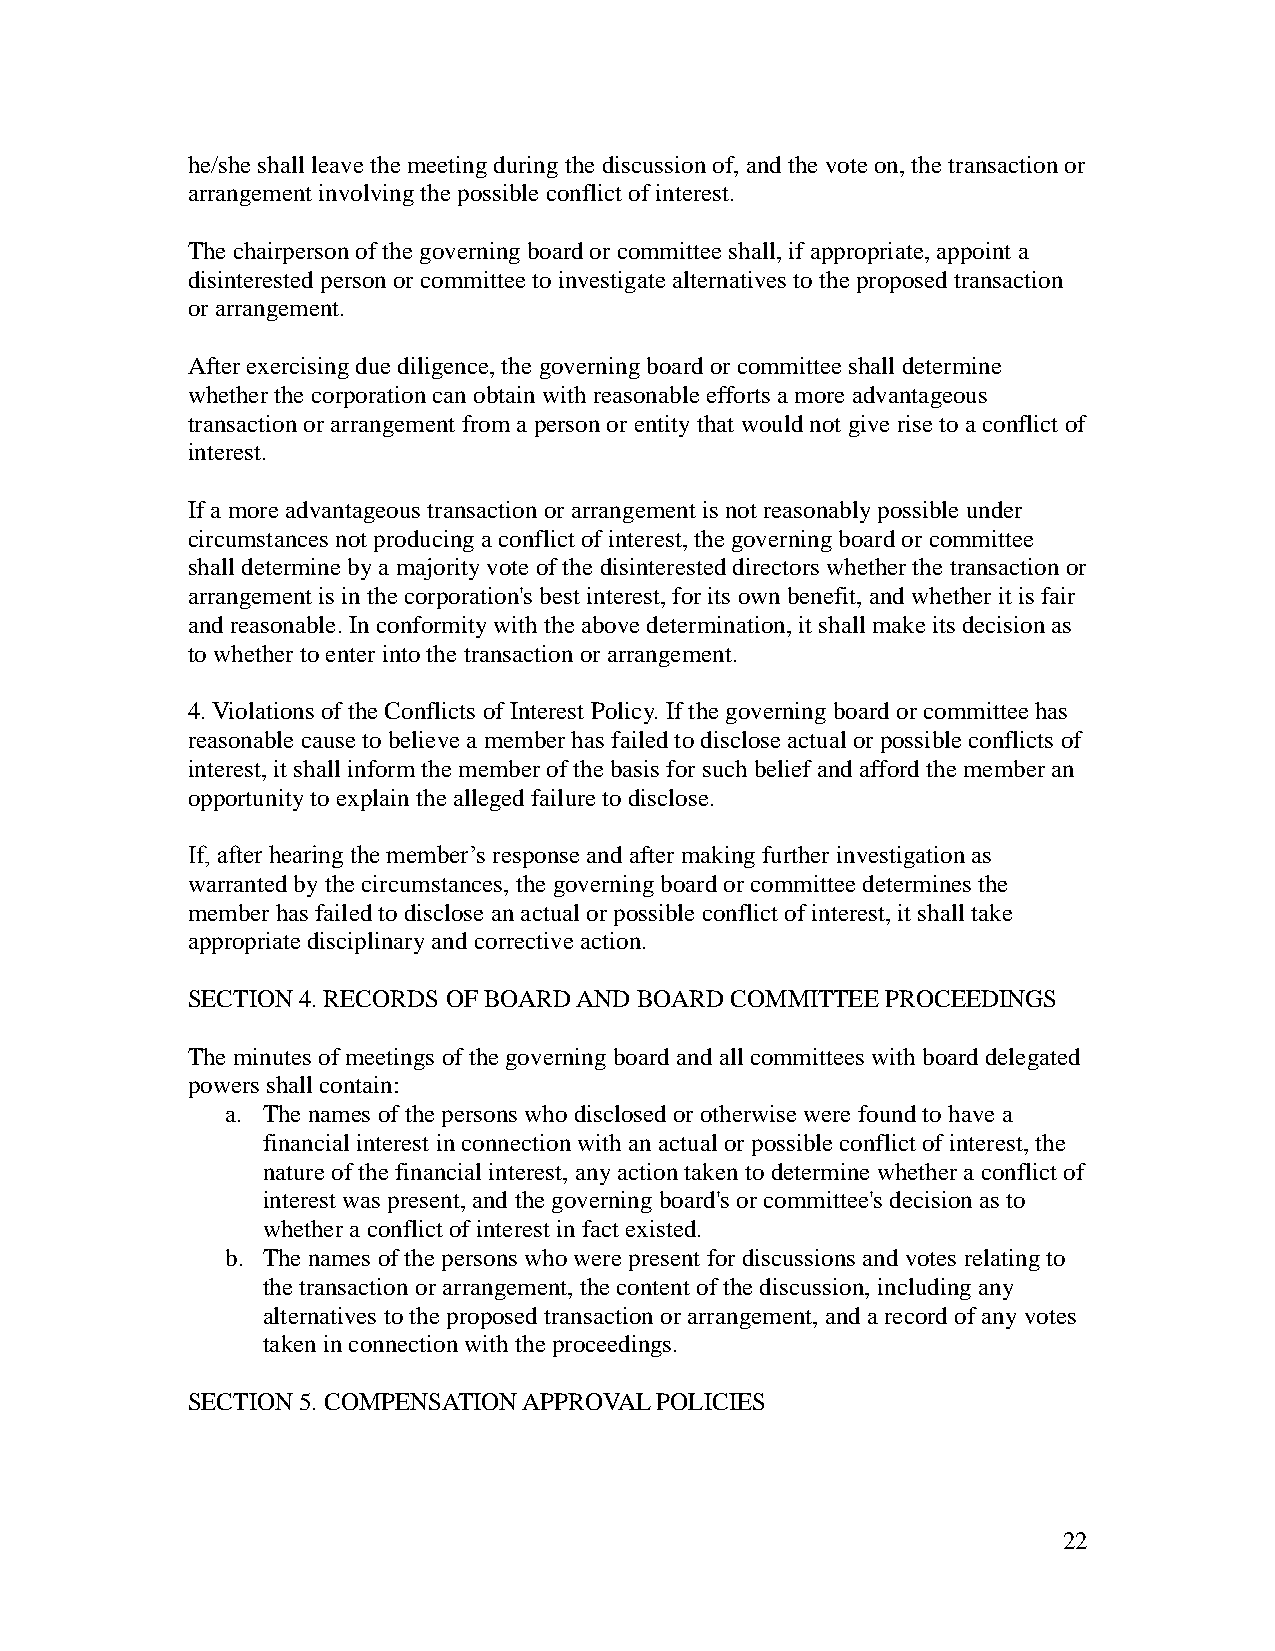
he/she shall leave the meeting during the discussion of, and the vote on, the transaction or
 arrangement involving the possible conflict of interest.
 The chairperson of the governing board or committee shall, if appropriate, appoint a
 disinterested person or committee to investigate alternatives to the proposed transaction
 or arrangement.
 After exercising due diligence, the governing board or committee shall determine
 whether the corporation can obtain with reasonable efforts a more advantageous
 transaction or arrangement from a person or entity that would not give rise to a conflict of
 interest.
 If a more advantageous transaction or arrangement is not reasonably possible under
 circumstances not producing a conflict of interest, the governing board or committee
 shall determine by a majority vote of the disinterested directors whether the transaction or
 arrangement is in the corporation's best interest, for its own benefit, and whether it is fair
 and reasonable. In conformity with the above determination, it shall make its decision as
 to whether to enter into the transaction or arrangement.
 4. Violations of the Conflicts of Interest Policy. If the governing board or committee has
 reasonable cause to believe a member has failed to disclose actual or possible conflicts of
 interest, it shall inform the member of the basis for such belief and afford the member an
 opportunity to explain the alleged failure to disclose.
 If, after hearing the member’s response and after making further investigation as
 warranted by the circumstances, the governing board or committee determines the
 member has failed to disclose an actual or possible conflict of interest, it shall take
 appropriate disciplinary and corrective action.
 SECTION 4. RECORDS OF BOARD AND BOARD COMMITTEE PROCEEDINGS
 The minutes of meetings of the governing board and all committees with board delegated
 powers shall contain:
 a. The names of the persons who disclosed or otherwise were found to have a
 financial interest in connection with an actual or possible conflict of interest, the
 nature of the financial interest, any action taken to determine whether a conflict of
 interest was present, and the governing board's or committee's decision as to
 whether a conflict of interest in fact existed.
 b. The names of the persons who were present for discussions and votes relating to
 the transaction or arrangement, the content of the discussion, including any
 alternatives to the proposed transaction or arrangement, and a record of any votes
 taken in connection with the proceedings.
 SECTION 5. COMPENSATION APPROVAL POLICIES
 22